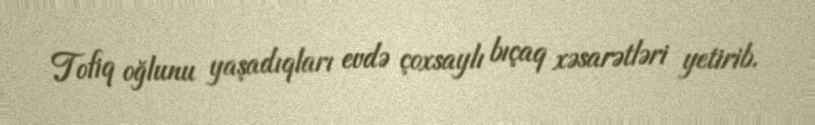
Tofiq oğlunu yaşadıqları evdə çoxsaylı bıçaq xəsarətləri yetirib.